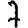
Digit: 7